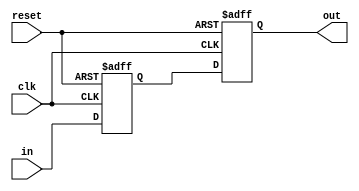
`timescale 1ns / 1ps
//////////////////////////////////////////////////////////////////////////////////
// Company: 
// Engineer: 
// 
// Design Name: 
// Module Name: synchronizer
// Project Name: 
// Target Devices: 
// Tool Versions: 
// Description: 
// 
// Dependencies: 
// 
// Revision:
// Revision 0.01 - File Created
// Additional Comments:
// 
//////////////////////////////////////////////////////////////////////////////////


module synchronizer (input clk, reset, in, output reg out);
reg r1;
always@(posedge clk, posedge reset) begin
     if(reset == 1'b1) begin
         r1 <= 0;
         out <= 0;
     end
     else begin
         r1 <= in;
         out <= r1;
     end
end
endmodule